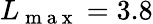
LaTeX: L_{\mathrm{~m~a~x~}}=3.8